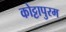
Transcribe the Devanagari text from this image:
कोट्टापुरम